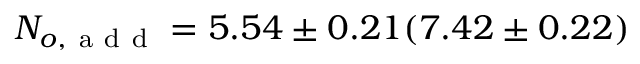
N _ { o , \mathrm { ~ a ~ d ~ d ~ } } = 5 . 5 4 \pm 0 . 2 1 ( 7 . 4 2 \pm 0 . 2 2 )